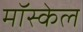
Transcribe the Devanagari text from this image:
मॉस्केल